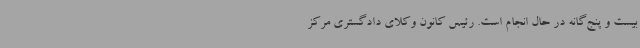
بیست و پنج‌گانه در حال انجام است. رئیس کانون وکلای دادگستری مرکز